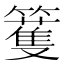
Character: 籆